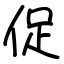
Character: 促